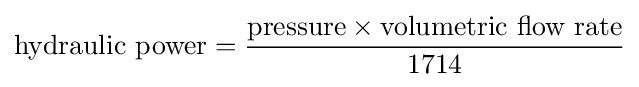
{\text{hydraulic power}}={\frac {{\text{pressure}}\times {\text{volumetric flow rate}}}{1714}}